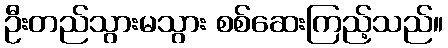
ဦးတည်သွားမသွား စစ်ဆေးကြည့်သည်။